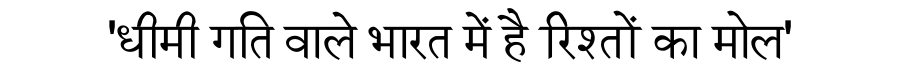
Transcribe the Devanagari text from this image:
'धीमी गति वाले भारत में है रिश्तों का मोल'